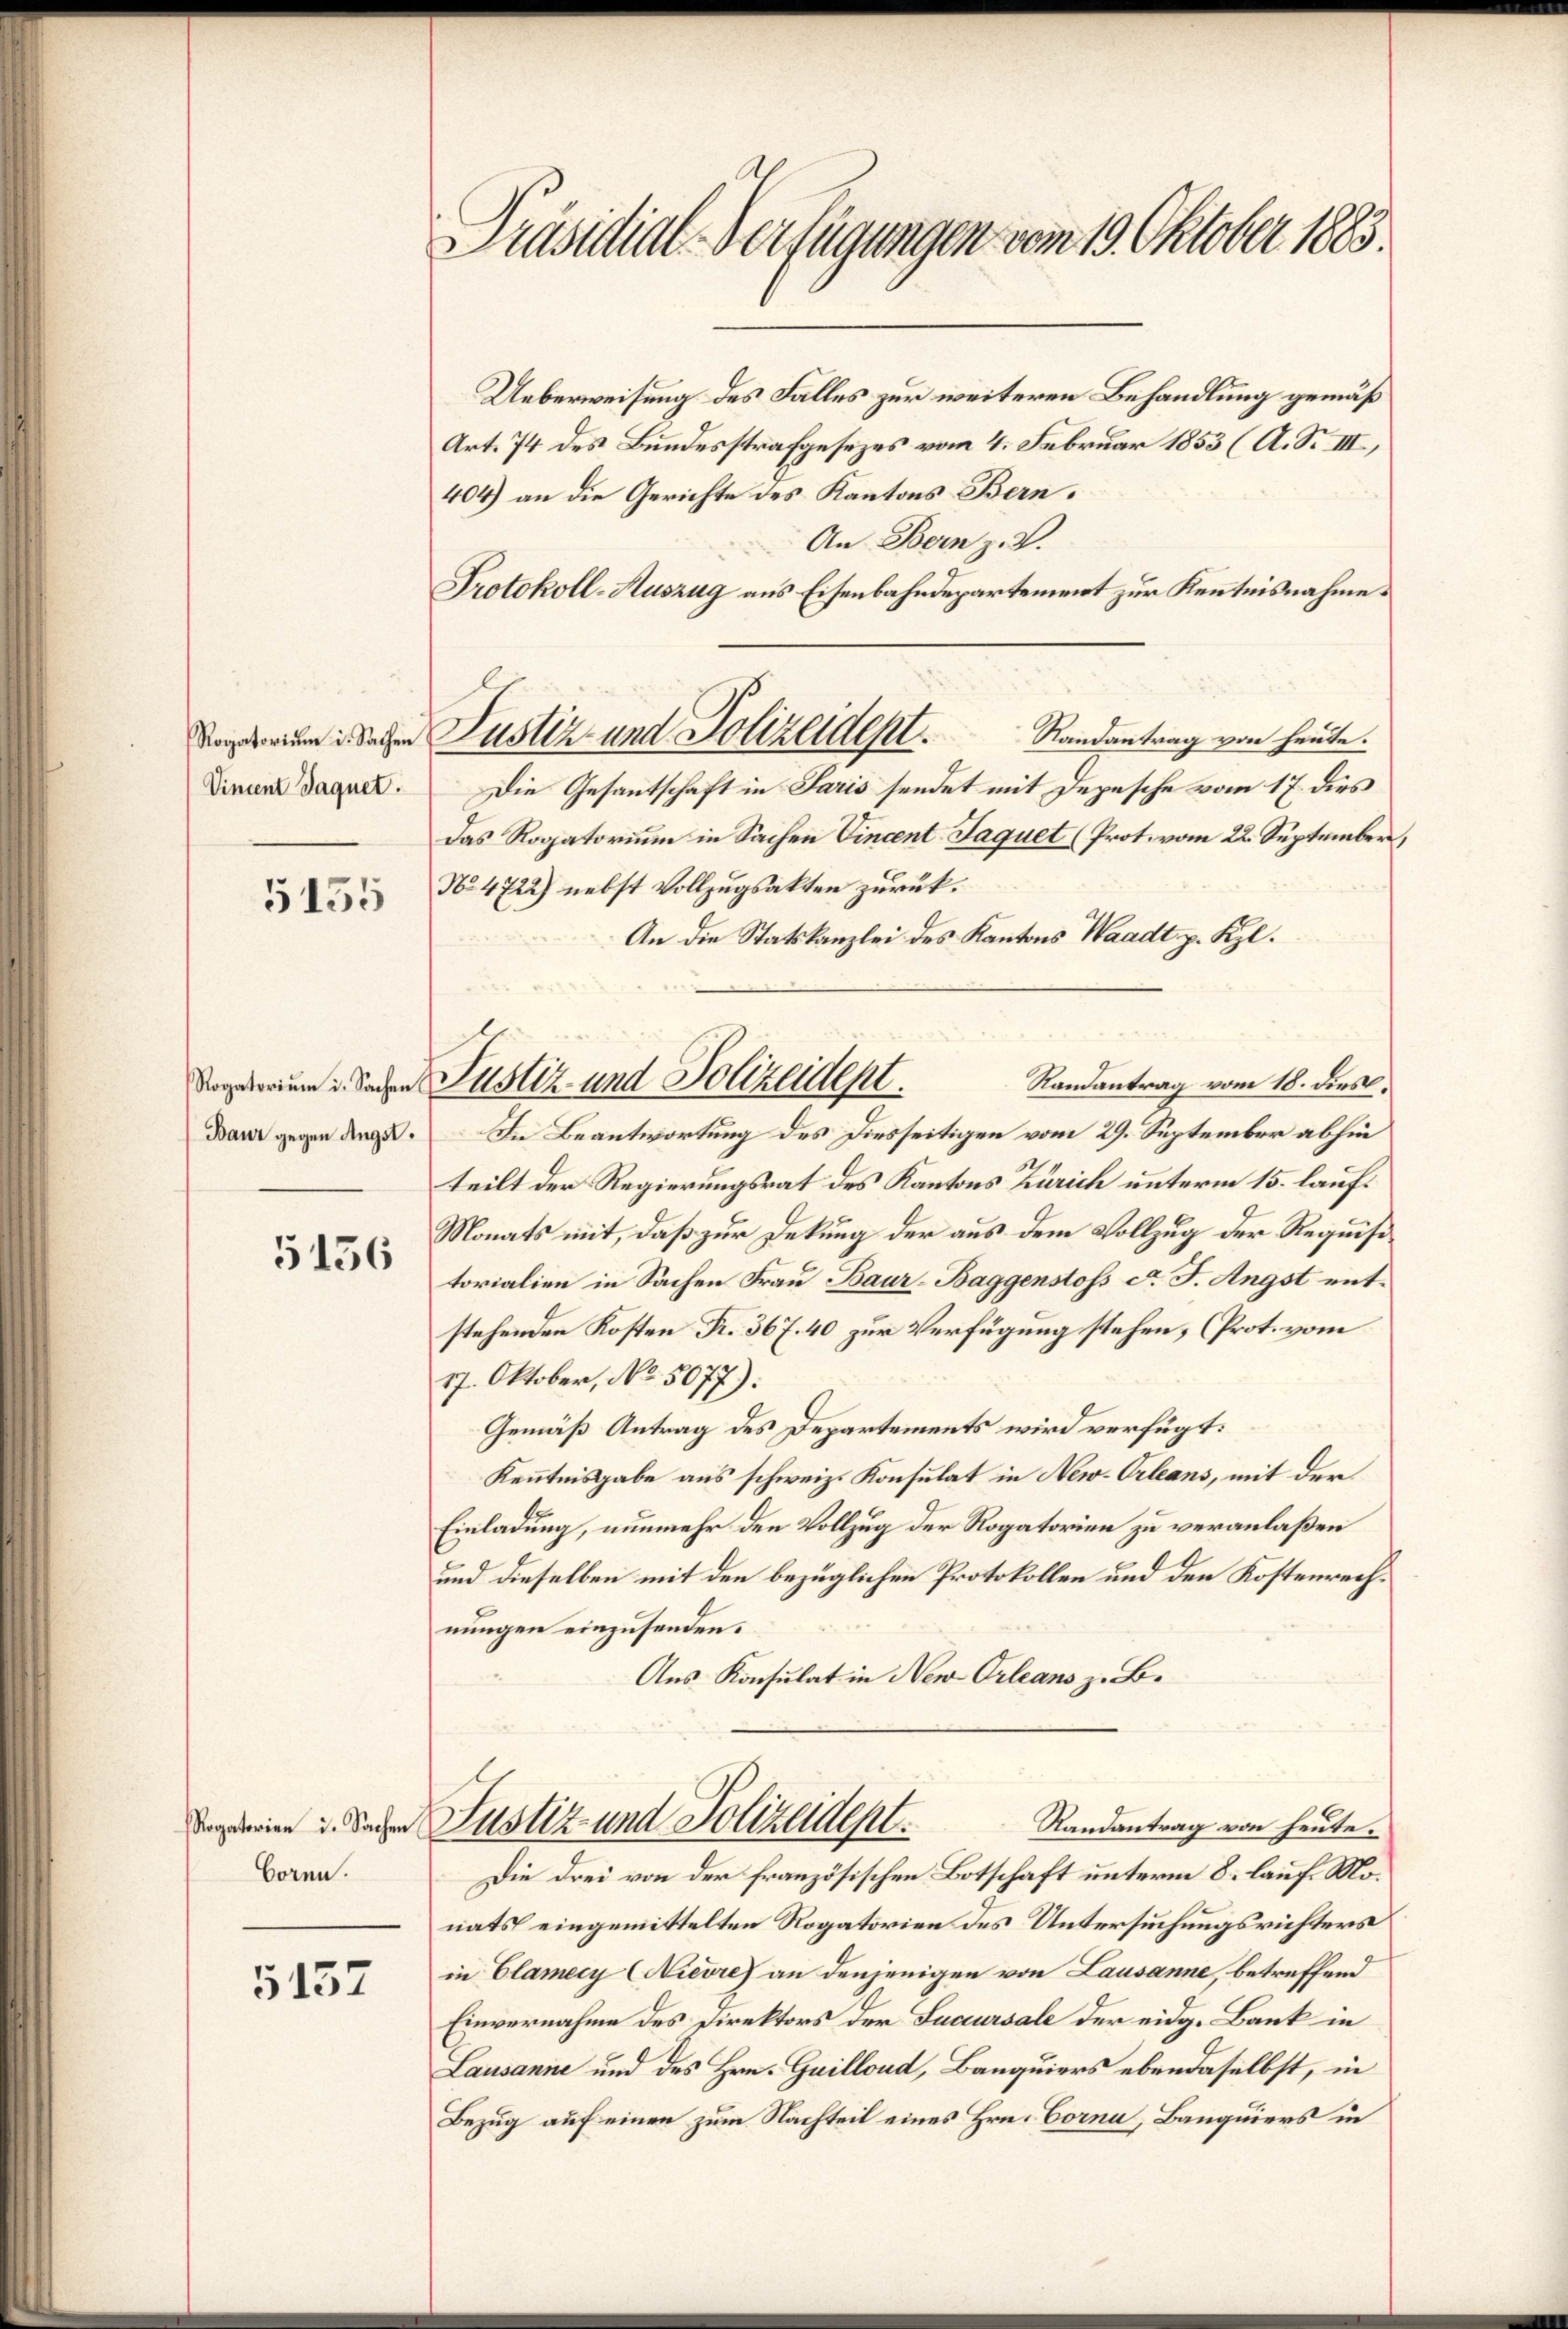
Vincent Jaquet.

5155

Rogatoriŭm i. Sachen
Baur gegen Angst.

5156

Rogatorien u. Sachen
boren.

5152

Präsidial-Verfügungen vom 19. Oktober 1883.

Ueberweisung des Falles zur weiteren Behandlung gemäß
Art. 74 des Bundesstrafgesezes vom 4. Februar 1853 (A. S. III.,
404) an die Gerichte des Kantons Bern.
An Bern z. B.
Protokoll-Auszug aus Eisenbahndepartement zur Kenntnisnahme.
Die Gesantschaft in Paris sendet mit Depesche vom 17. dies
Das Rogatorium in Sachen Vincent Jaquet (Prot. vom 22. September,
No. 4722) nebst Vollzugsakten zurück.
An die Statskanzlei des Kantons Waadt p. Kzl.
Randantrag vom 18. dies.
In Beantwortung des Diesseitigen vom 29. September abhin
teilt der Regierungsrat des Kantons Zürich unterm 15. lauf¬
Monats mit, daß zur Dekung der aus dem Vollzug der Requisitorialien in Sachen Frau Baur-Baggenstoss c. J. Angst entstehenden Kosten Fr. 367. 40 zur Verfügung stehen, (Prot. vom
27. Oktober, No. 5077):
Gemäß Antrag des Departements wird verfügt:
Kenntnisgabe aus schweiz. Konsulat in New-Orleans, mit der
Einladung, nunmehr den Vollzug der Rogatorien zu veranlaßen
und dieselben mit den bezüglichen Protokollen und den Kostenrechnungen einzusenden.
Aus Konsulat in New-Orleans z. B.
Justiz- und Polizeident.
Randantrag von heute.
Die drei von der französischen Botschaft unterm 8. lauf Monats eingemittelten Rogatorien des Untersuchungsrichters
in Elamecy (Nievre) an denjenigen von Lausanne, betreffend
Einvernahme des Direktors der Sucursale der eidg. Bank in
Lausanne und des Hrn. Guillond, Banquiers ebendaselbst, in
Bezug auf einen zum Nachteil eines Hrn. Corna, Banquiers in

Dame Sachen Justiz- und Polizeident.             Randantrag von heute.

Justiz- und Polizeidept.